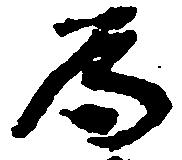
為